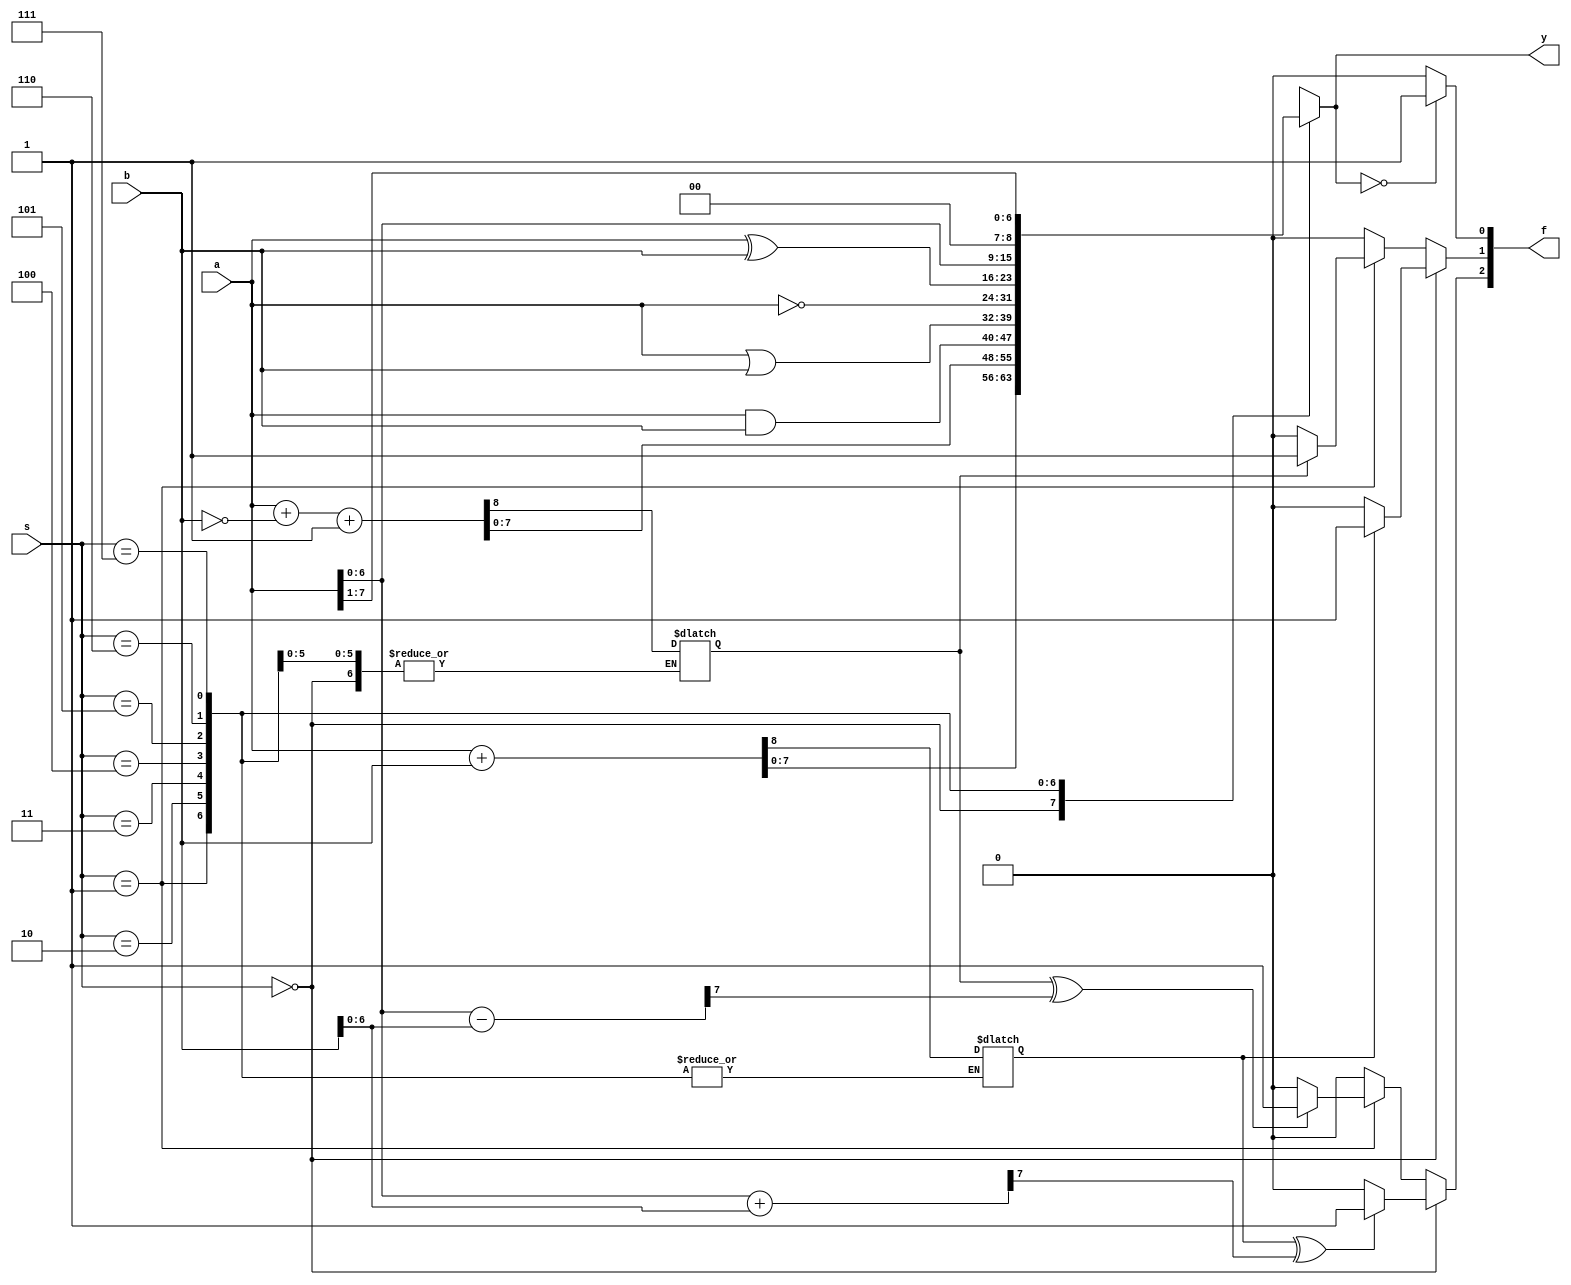
`timescale 1ns / 1ps
//////////////////////////////////////////////////////////////////////////////////
// Company: 
// Engineer: 
// 
// Design Name: 
// Module Name: ALU
// Project Name: 
// Target Devices: 
// Tool Versions: 
// Description: 
// 
// Dependencies: 
// 
// Revision:
// Revision 0.01 - File Created
// Additional Comments:
// 
//////////////////////////////////////////////////////////////////////////////////


module ALU
#(parameter WIDTH = 8)
(
    input [WIDTH-1:0]a,b,
    input [2:0]s,
    output reg [WIDTH-1:0]y,
    output reg [2:0]f
    );
    localparam ADD=3'd0;
    localparam SUB=3'd1;
    localparam AND=3'd2;
    localparam OR=3'd3;
    localparam NOT=3'd4;
    localparam XOR=3'd5;
    localparam LSHIFT=3'd6;
    localparam RSHIFT=3'd7;
    reg flag1,flag2,flag3,flag4;
    reg [WIDTH-2:0] t1,t2;
    initial flag1=0;
    initial flag2=0;
    always @ (*)
    begin
        case(s)
            ADD:{flag1,y}=a+b;
            SUB:{flag2,y}=a+~b+1;
            AND:y=a&b;
            OR:y=a|b;
            NOT:y=~a;
            XOR:y=a^b;
            LSHIFT:y=a<<1;
            RSHIFT:y=a>>1;
            default:y=0;
        endcase
    end
    
    always @ (*)
    begin
        {flag3,t1}=a[WIDTH-2:0]+b[WIDTH-2:0];
        {flag4,t2}=a[WIDTH-2:0]-b[WIDTH-2:0];
    end
    
    always @ (*)
    begin
        if (y==0)
            f[0]=1;
        else
            f[0]=0;
    end
    
    always @ (*)
    begin
        if (s==ADD)
        begin
            if (flag1==1)
                f[1]=1;
            else
                f[1]=0;
            if (flag1^flag3==1)
                f[2]=1;
            else 
                f[2]=0;
        end
        else if (s==SUB)
        begin
            if (flag2==1)
                f[1]=1;
            else
                f[1]=0;
            if (flag2^flag4==1)
                f[2]=1;
            else 
                f[2]=0;
        end
        else
        begin
            f[1]=0;
            f[2]=0;
        end
    end
endmodule